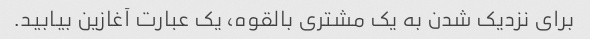
برای نزدیک شدن به یک مشتری بالقوه، یک عبارت آغازین بیابید.